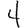
Digit: 4